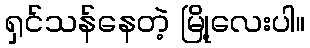
ရှင်သန်နေတဲ့ မြို့လေးပါ။